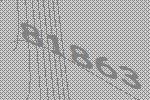
81863